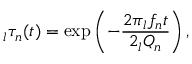
\phantom { } _ { l } \tau _ { n } ( t ) = \exp \left( - \frac { 2 \pi \phantom { } _ { l } f _ { n } t } { 2 \phantom { } _ { l } Q _ { n } } \right) ,